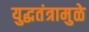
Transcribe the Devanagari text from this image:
युद्धतंत्रामुळे